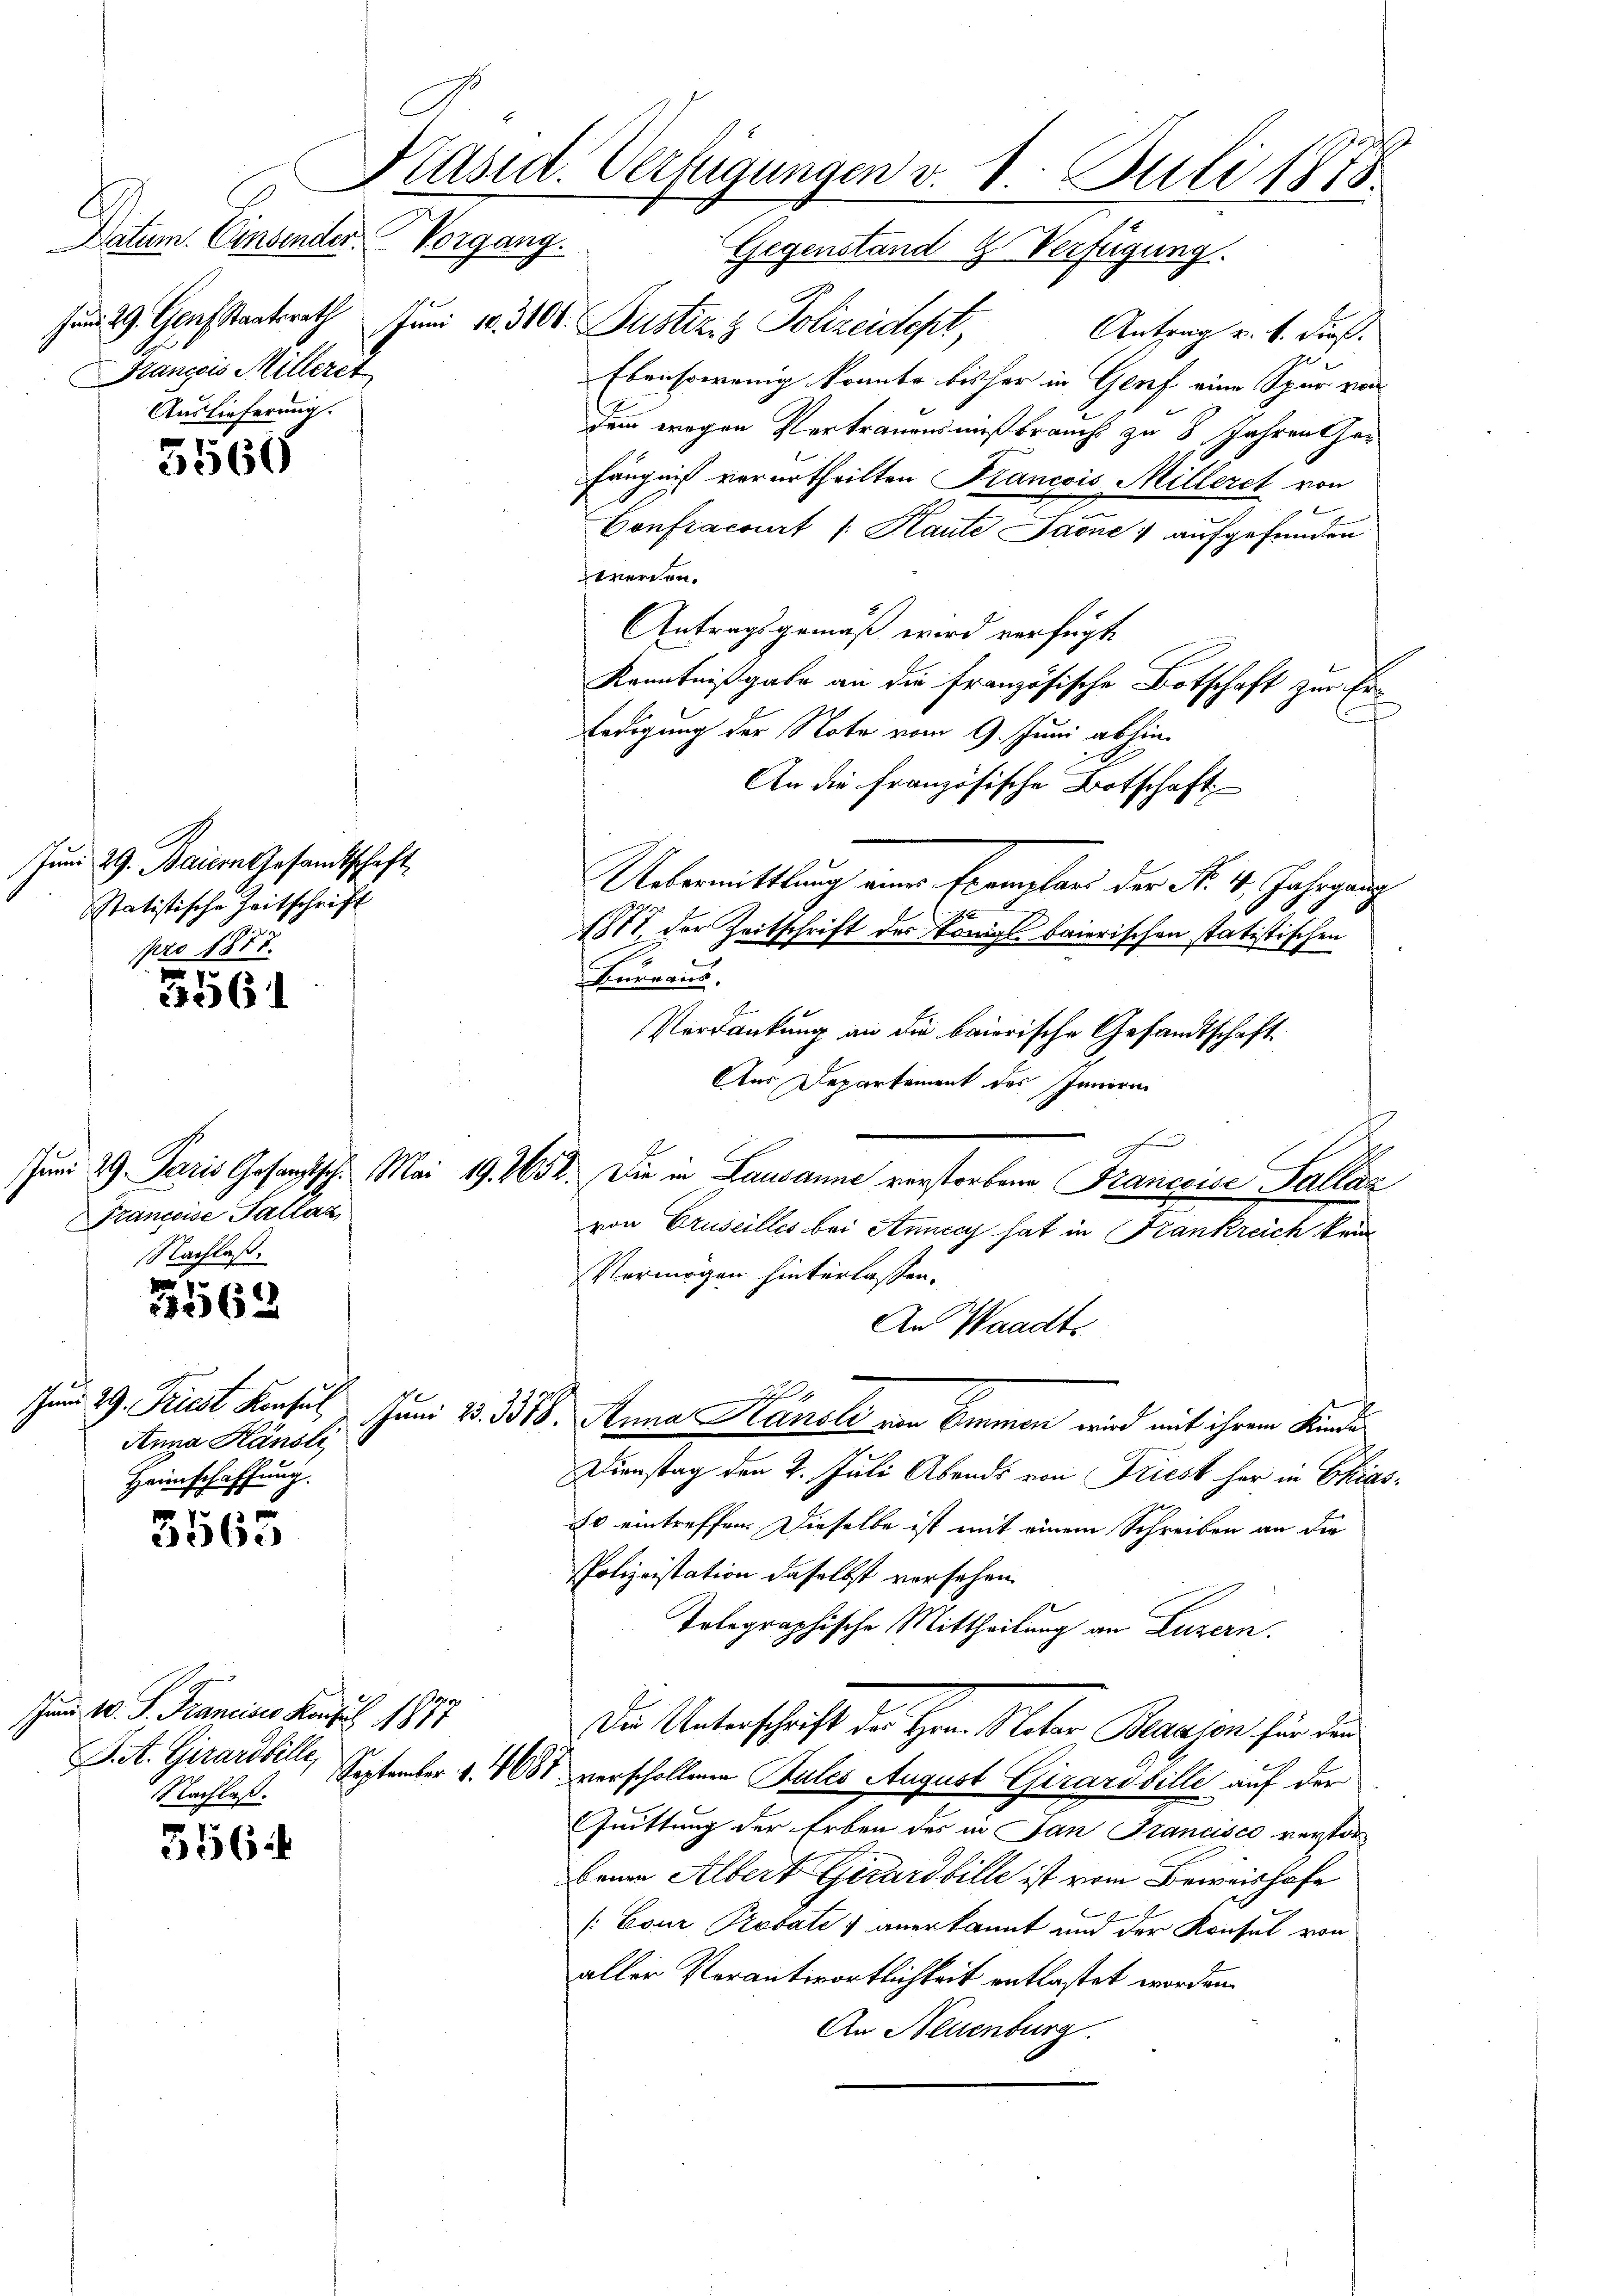
Datum. Einsender. Vorgang.
Zum 29. Gensstaatsrath
Francois Milleret
Auslieferung.

5560

Juni 29. Baiern Gesandtschaft
statistische Zeitschrift
pro 1878.

5561

3563

Anna Känsle
Heimschaffung.

5565

unn 10. S. Francisco Konzes 1877
it. Girard bill, September 1. 1687.
Nachlaß.

356

Präsid. Verfügungen v. 1. Juli 1878
Gegenstand 9. Verfügung.

Francoise Tallaz
Nachlaß.

Juni 18310. Justiz & Polizeidept,
Antrag u. s. dieß.
2
Ebensowenig konnte bisher in Genf eine Spur von
dem wegen Vertrauensmißbrauch zu 8 Jahren Gefängniß verurtheilten Krancois Milleret von

Confracourt /: Kaute Jaone aufgefunden
werden.
Antragsgemäß wird verfügt,
Kenntnißgabe an die französische Botschaft zur Er-
c
Ledigung der Note vom 9. Juni abhin
An die französische Botschaft
Uebermittlung einer Exemplar der Nr. 4. Jahrgang
1871 der Zeitschrift der Königl baierischen statistischen
Tueraus.
Verdankung an die baierische Gesandtschaft.
Aus Departement des Inneren
Jum 29. Paris Gesandtsch. Mai 191652. Die in Lausanne verstorbene Francoise allaz
von Gruseilles bei Annecy hat in Frankreich kein
Vermögen hinterlassen.
An Waadt
4
um 29. Frist Konsul Juni 185. 3388, Anna Handli von Emmen wird mit ihrem Kinde
Dienstag den 2. Juli Abends von Triest her in Ekias¬
80 eintreffen. Dieselbe ist mit einem Schreiben an die
PPolizeistation daselbst versehen.
Tolographische Mittheilung an Luzern.
Die Unterschrift der Herrn Meter Blausen für den
verschollenen Gutes August Girardbille auf der
Quittung der Erben des in San Francisco verstorbrian Albert Girard bille ist vom Beweishofe
n
[Cour Probati & anerkannt und der Konsul von
aller Verantwortlichkeit entlastet worden.
An Neuenburg.

.